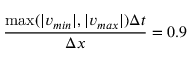
\frac { \operatorname* { m a x } ( | v _ { m i n } | , | v _ { m a x } | ) \Delta t } { \Delta x } = 0 . 9